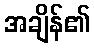
အချိန်၏